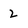
Character: 2